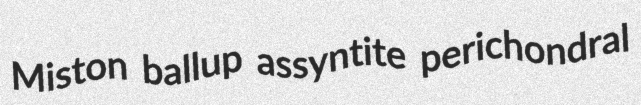
Miston ballup assyntite perichondral